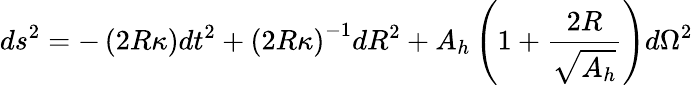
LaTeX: ds^{2}=-\left({2R\kappa}\right)dt^{2}+\left(2R\kappa\right)^{-1}dR^{2}+A_{h}\left(1+{\frac{2R}{\sqrt{A_{h}}}}\right)d\Omega^{2}